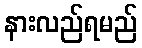
နားလည်ရမည်